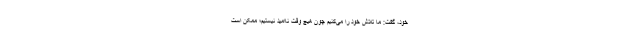
خود، گفت: ما تلاش خود را می‌کنیم چون هیچ وقت ناامید نیستیم؛ ممکن است